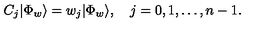
{ C } _ { j } | \Phi _ { w } \rangle = w _ { j } | \Phi _ { w } \rangle , \quad j = 0 , 1 , \ldots , n - 1 .